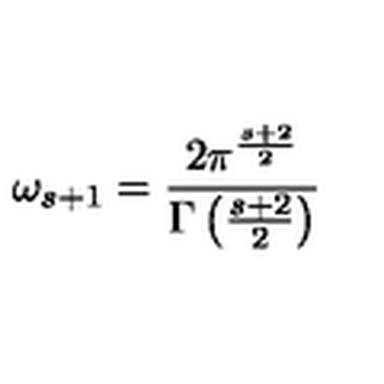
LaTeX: \omega _ { s + 1 } = { \frac { 2 \pi ^ { \frac { s + 2 } { 2 } } } { \Gamma \left( { \frac { s + 2 } { 2 } } \right) } }